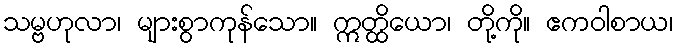
သမ္ဗဟုလာ၊ များစွာကုန်သော။ ဣတ္ထိယော၊ တို့ကို။ ဧကဝါစာယ၊